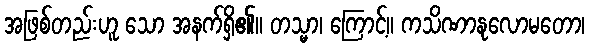
အဖြစ်တည်းဟူ သော အနက်ရှိ၏။ တသ္မာ၊ ကြောင့်။ ကသိဏာနုလောမတော၊